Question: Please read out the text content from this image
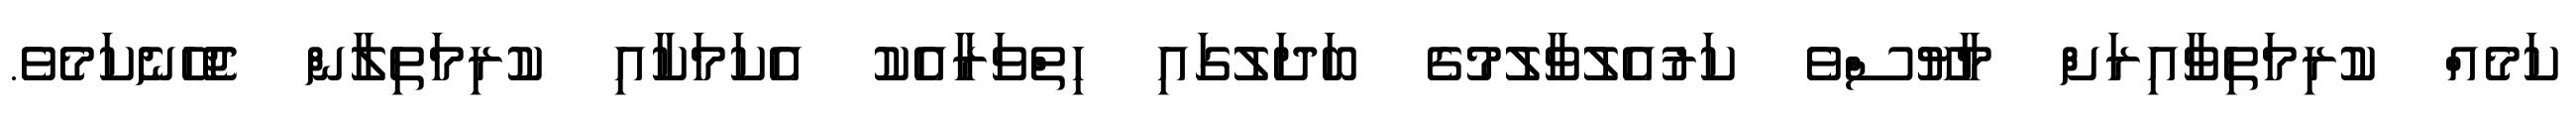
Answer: ކަމެއް ކުރިމަތިވާއިރަށް މާޔޫސްވެ ކަރުއެލުވާލުމުގެ ބަދަލުގައި ހިތްވަރާއެކު އެކަމަކާއި ކުރިމަތިލާން ޖެހޭނެކަމެވެ.